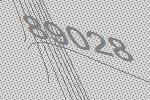
89028